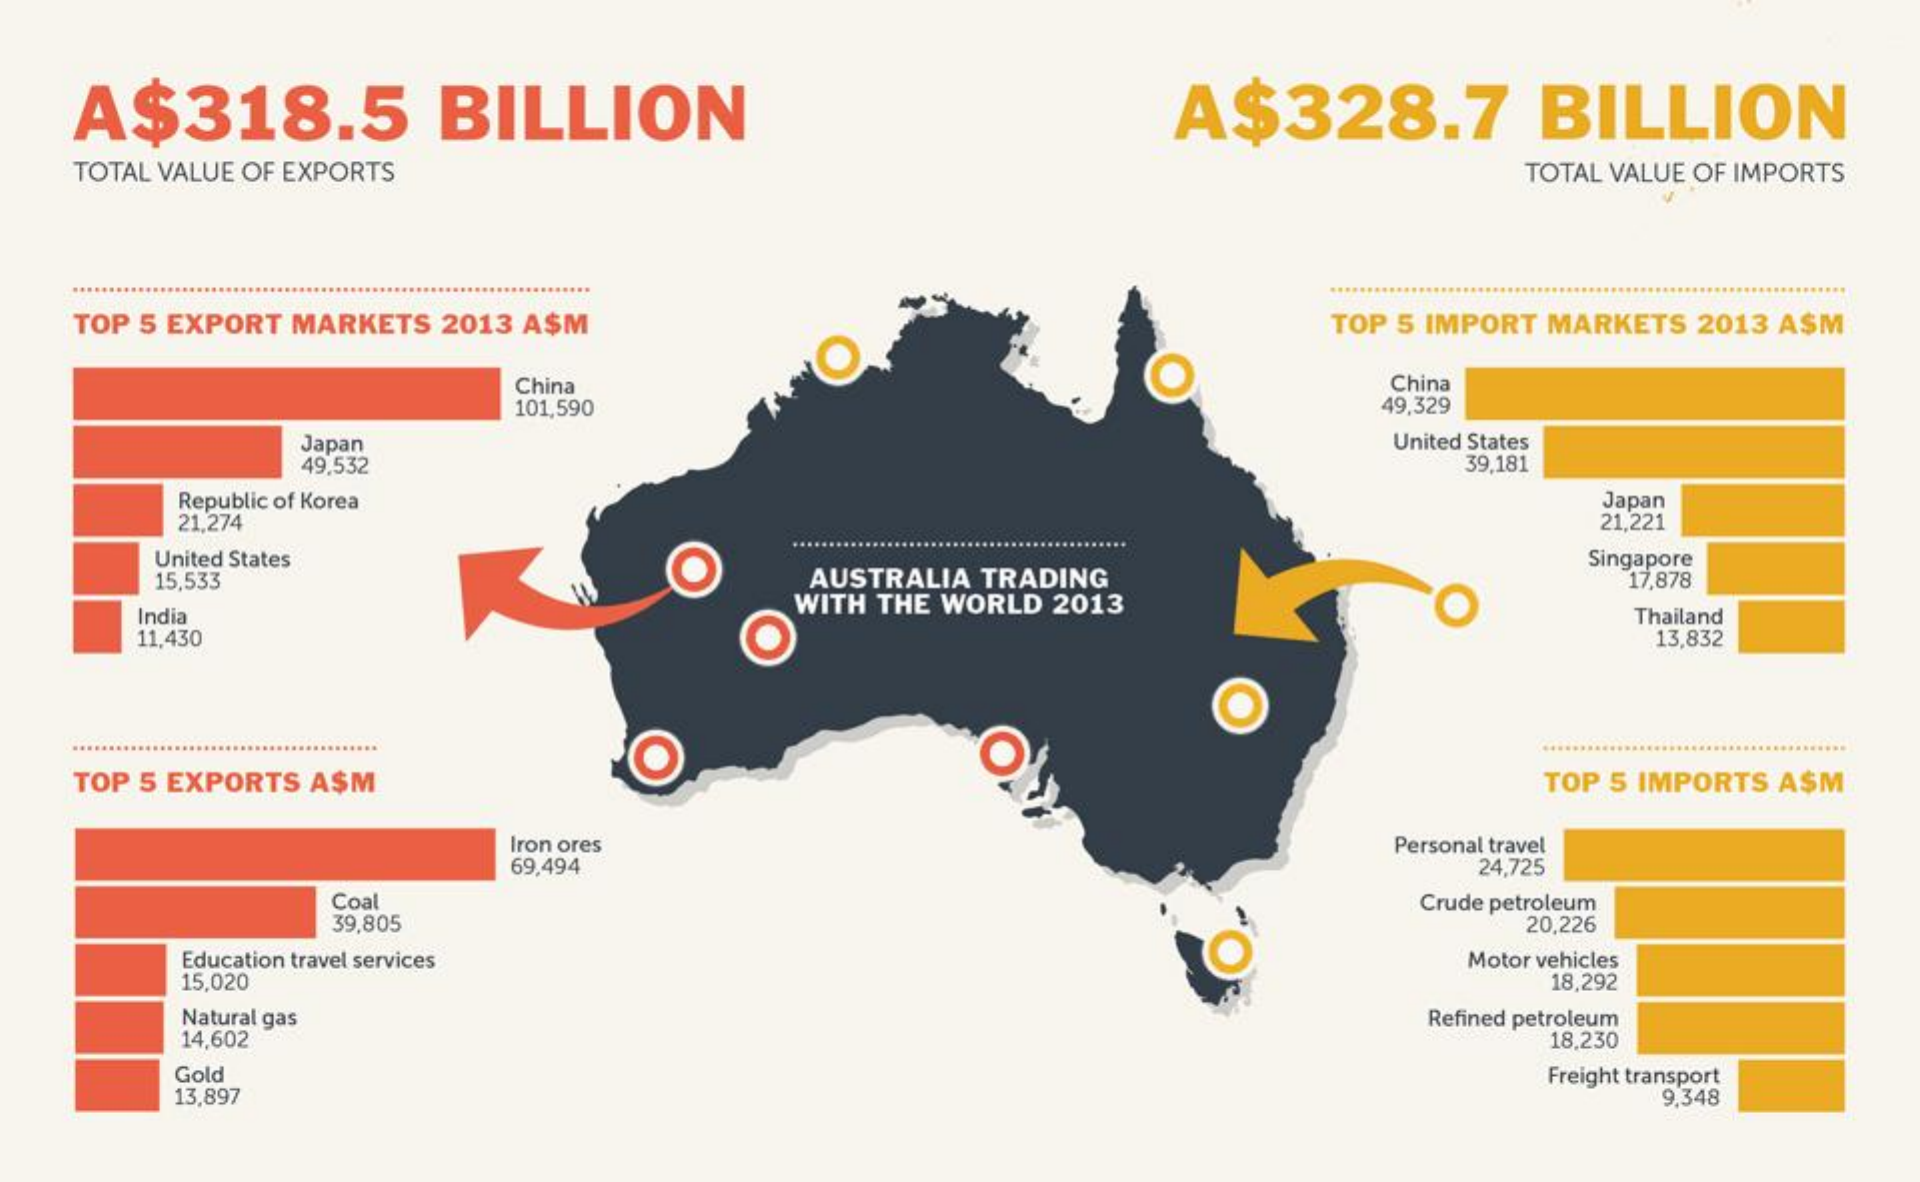
A$318.5   BILLION    A$328.7   BILLION
  TOTAL VALUE OF EXPORTS    TOTAL VALUE OF IMPORTS
  TOP 5 EXPORT MARKETS 2013 A$M    TOP 5 IMPORT MARKETS 2013 ASM
     China    China
     101,590    49,329
     Japan    United States
     49,532    39,181
     Republic of Korea    Japan
     21,274    21,221
     United States
     15,533    AUSTRALIA TRADING
     Singapore
    India
     WITH THE WORLD 2013
     17,878
    11,430    O
     Thailand
     13,832
  TOP 5 EXPORTS ASM
     O    O
     TOP 5 IMPORTS ASM
     Iron ores
     69,494
     Personal travel
     24,725
     Coal
     39,805
     Crude petroleum
     20,226
     Education travel services
     15,020
     Motor vehicles
     18,292
     Natural gas    Refined petroleum
     14,602    18,230
     Gold
     13,897
     Freight transport
     9.348